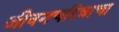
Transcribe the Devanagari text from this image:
जीवनचरित्राचा